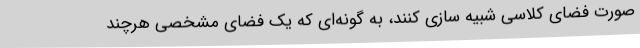
صورت فضای کلاسی شبیه سازی کنند، به گونه‌ای که یک فضای مشخصی هرچند